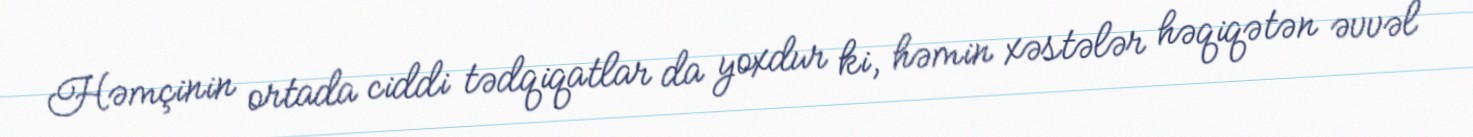
Həmçinin ortada ciddi tədqiqatlar da yoxdur ki, həmin xəstələr həqiqətən əvvəl